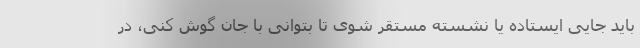
باید جایی ایستاده یا نشسته مستقر شوی تا بتوانی با جان گوش کنی، در